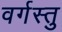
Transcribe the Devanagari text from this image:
वर्गस्तु